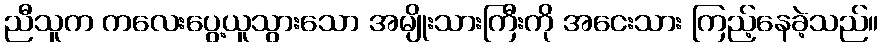
ညီသူက ကလေးပွေ့ယူသွားသော အမျိုးသားကြီးကို အငေးသား ကြည့်နေခဲ့သည်။